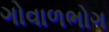
ગોવાળભોગ